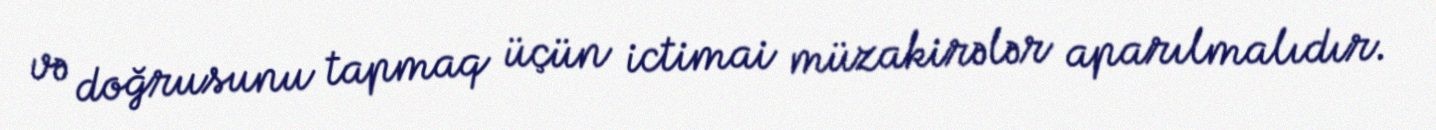
və doğrusunu tapmaq üçün ictimai müzakirələr aparılmalıdır.